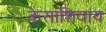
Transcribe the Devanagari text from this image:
केसांशिवाय